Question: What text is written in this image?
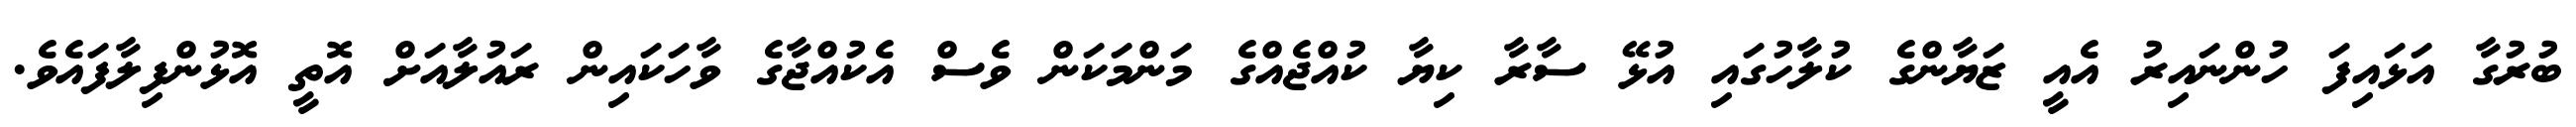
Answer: ބުރުގާ އަޅައިފަ ހުންނައިރު އެއީ ޒަޔާންގެ ކުލާހުގައި އުޅޭ ސާރާ ކިޔާ ކުއްޖެއްގެ މަންމަކަން ވެސް އެކުއްޖާގެ ވާހަކައިން ރައުލާއަށް އޮތީ އޮޅުންފިލާފައެވެ.